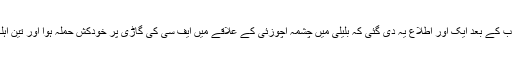
19اپریل کو مغرب کے بعد ایک اور اطلاع یہ دی گئی کہ بلیلی میں چشمہ اچوزئی کے علاقے میں ایف سی کی گاڑی پر خودکش حملہ ہوا اور تین اہلکار زخمی ہوئے۔